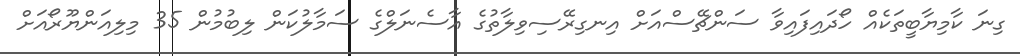
ގިނަ ކާމިޔާބީތަކެއް ހޯދައިފައިވާ ސަންޗޭސްއަށް އިނގިރޭސިވިލާތުގެ އާސެނަލްގެ ސަމާލުކަން ލިބުމުން 35 މިލިއަންޔޫރޯއަށް